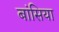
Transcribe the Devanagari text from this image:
बांसिया